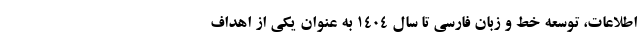
اطلاعات، توسعه خط و زبان فارسی تا سال ۱۴۰۴ به عنوان یکی از اهداف